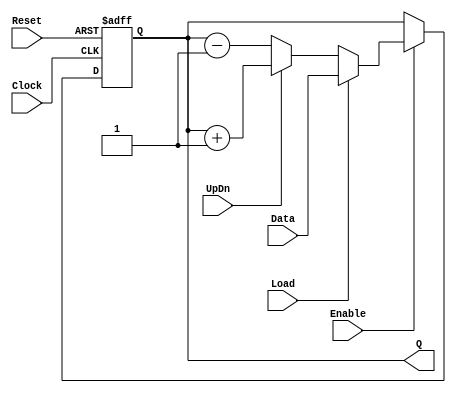
// Up down counter example

module COUNTER (Clock, Reset, Enable, Load, UpDn, Data, Q);
  input Clock, Reset, Enable, Load, UpDn;
  input  [7:0] Data;
  output [7:0] Q;
  reg    [7:0] Q;

  always @(posedge Clock or posedge Reset)
    if (Reset)
      Q <= 0;
    else
      if (Enable)
        if (Load)
          Q <= Data;
        else
          if (UpDn)
            Q <= Q + 1;
          else
            Q <= Q - 1;
endmodule